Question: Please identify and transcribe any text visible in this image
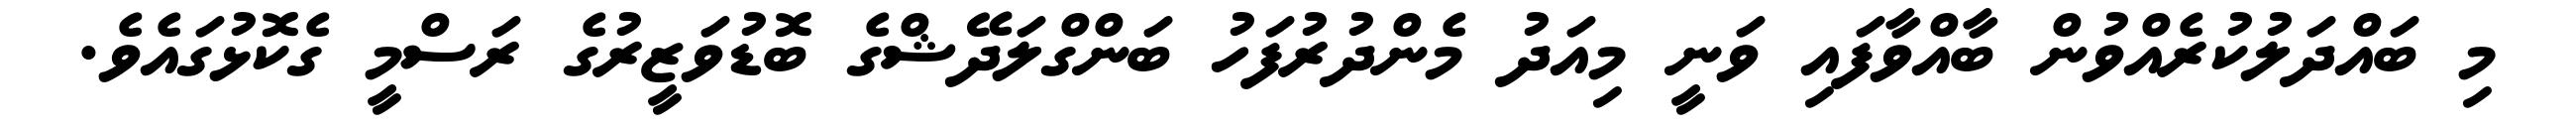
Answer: މި ބައްދަލުކުރެއްވުން ބާއްވާފައި ވަނީ މިއަދު މެންދުރުފަހު ބަންގްލަދޭޝްގެ ބޮޑުވަޒީރުގެ ރަސްމީ ގެކޮޅުގައެވެ.